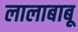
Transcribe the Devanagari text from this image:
लालाबाबू